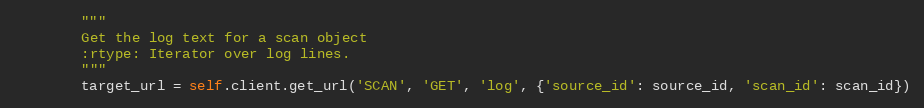
Language: Python
        """
        Get the log text for a scan object
        :rtype: Iterator over log lines.
        """
        target_url = self.client.get_url('SCAN', 'GET', 'log', {'source_id': source_id, 'scan_id': scan_id})